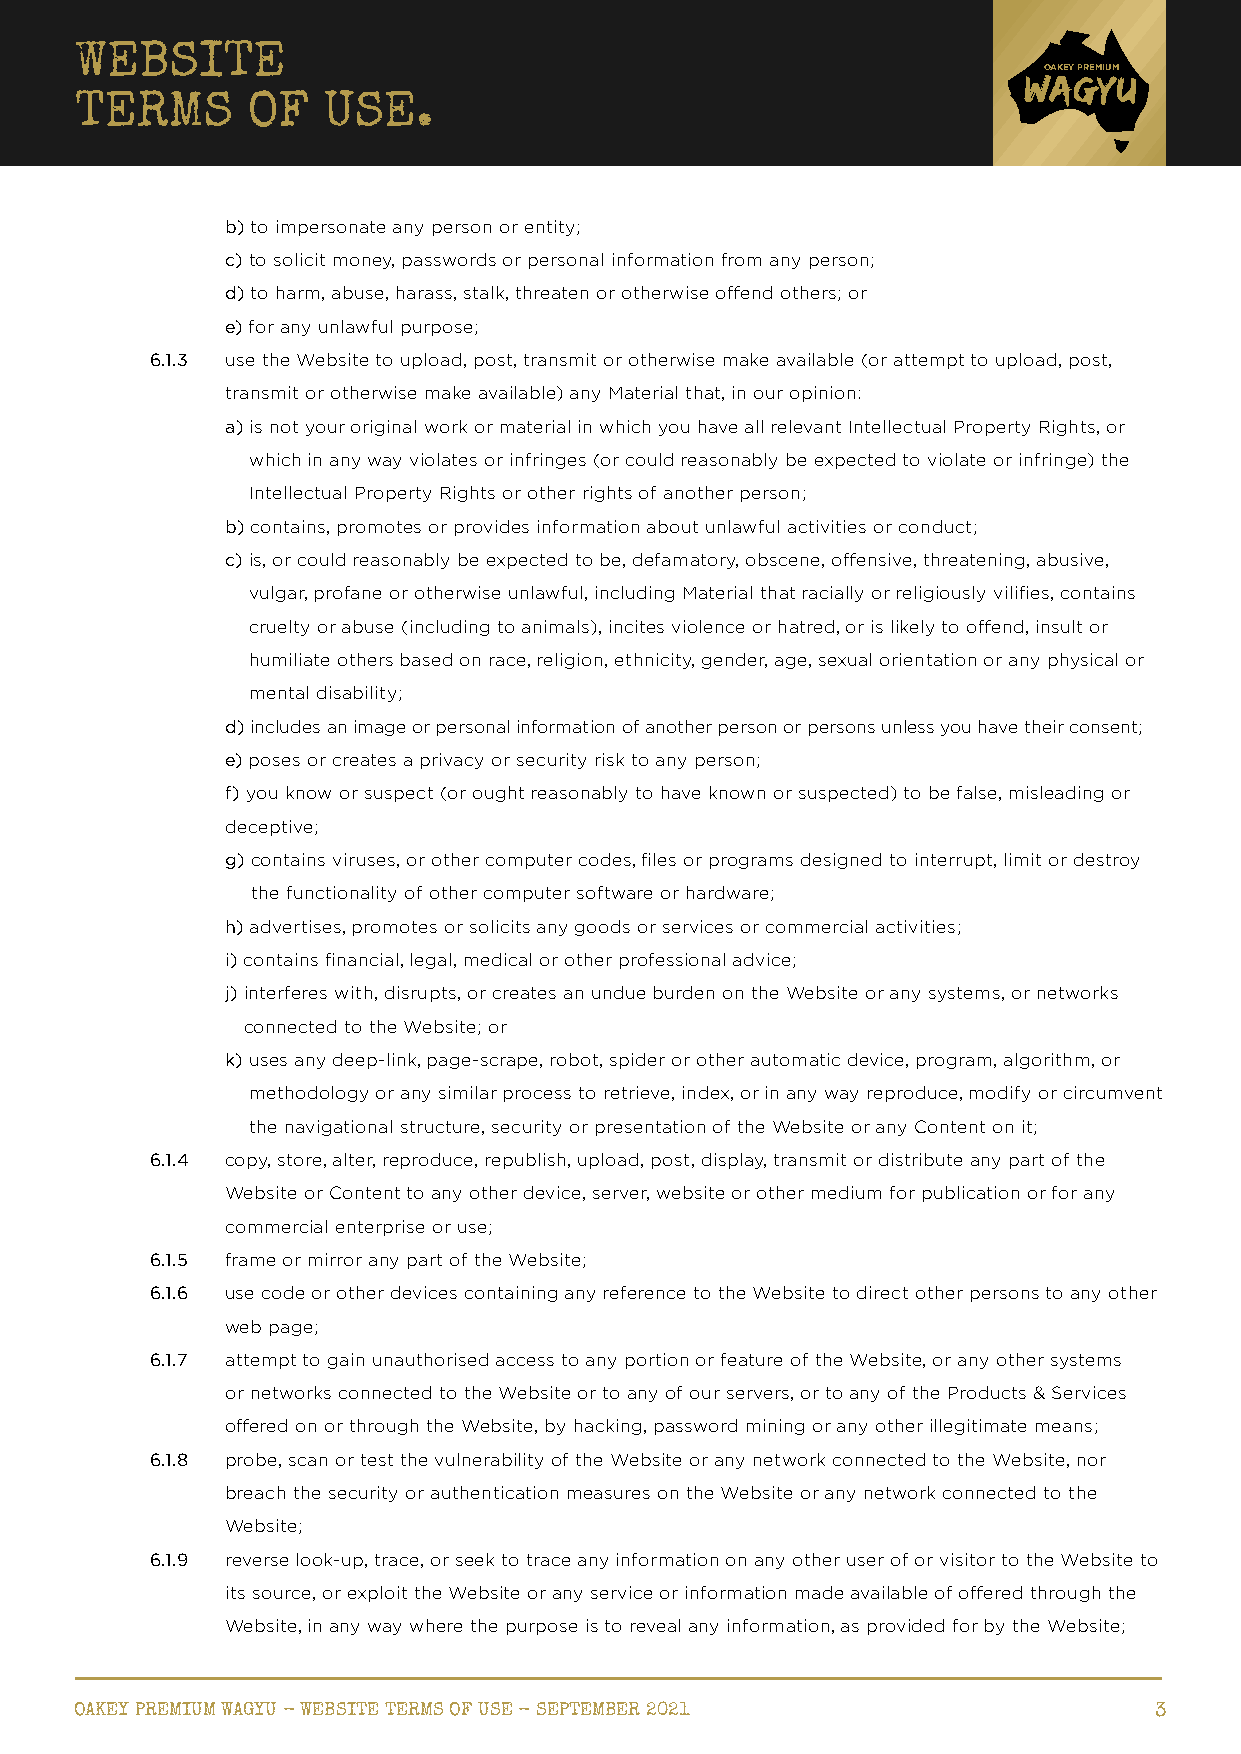
WEBSITE
 OAKEY PREMIUM
 TERMS      OF   USE.
 b) to impersonate any person or entity;
 c) to solicit money, passwords or personal information from any person;
 d) to harm, abuse, harass, stalk, threaten or otherwise offend others; or
 e) for any unlawful purpose;
 6.1.3 use the Website to upload, post, transmit or otherwise make available (or attempt to upload, post,
 transmit or otherwise make available) any Material that, in our opinion:
 a) is not your original work or material in which you have all relevant Intellectual Property Rights, or
 which in any way violates or infringes (or could reasonably be expected to violate or infringe) the
 Intellectual Property Rights or other rights of another person;
 b) contains, promotes or provides information about unlawful activities or conduct;
 c) is, or could reasonably be expected to be, defamatory, obscene, offensive, threatening, abusive,
 vulgar, profane or otherwise unlawful, including Material that racially or religiously vilifies, contains
 cruelty or abuse (including to animals), incites violence or hatred, or is likely to offend, insult or
 humiliate others based on race, religion, ethnicity, gender, age, sexual orientation or any physical or
 mental disability;
 d) includes an image or personal information of another person or persons unless you have their consent;
 e) poses or creates a privacy or security risk to any person;
 f ) you know or suspect (or ought reasonably to have known or suspected) to be false, misleading or
 deceptive;
 g) contains viruses, or other computer codes, files or programs designed to interrupt, limit or destroy
 the functionality of other computer software or hardware;
 h) advertises, promotes or solicits any goods or services or commercial activities;
 i) contains financial, legal, medical or other professional advice;
 j) interferes with, disrupts, or creates an undue burden on the Website or any systems, or networks
 connected to the Website; or
 k) uses any deep-link, page-scrape, robot, spider or other automatic device, program, algorithm, or
 methodology or any similar process to retrieve, index, or in any way reproduce, modify or circumvent
 the navigational structure, security or presentation of the Website or any Content on it;
 6.1.4 copy, store, alter, reproduce, republish, upload, post, display, transmit or distribute any part of the
 Website or Content to any other device, server, website or other medium for publication or for any
 commercial enterprise or use;
 6.1.5 frame or mirror any part of the Website;
 6.1.6 use code or other devices containing any reference to the Website to direct other persons to any other
 web page;
 6.1.7 attempt to gain unauthorised access to any portion or feature of the Website, or any other systems
 or networks connected to the Website or to any of our servers, or to any of the Products & Services
 offered on or through the Website, by hacking, password mining or any other illegitimate means;
 6.1.8 probe, scan or test the vulnerability of the Website or any network connected to the Website, nor
 breach the security or authentication measures on the Website or any network connected to the
 Website;
 6.1.9 reverse look-up, trace, or seek to trace any information on any other user of or visitor to the Website to
 its source, or exploit the Website or any service or information made available of offered through the
 Website, in any way where the purpose is to reveal any information, as provided for by the Website;
 OAKEY PREMIUM WAGYU - WEBSITE TERMS OF USE - SEPTEMBER 2021            3